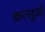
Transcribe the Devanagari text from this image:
कत्सुओ